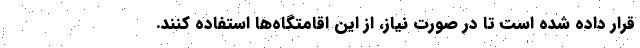
قرار داده شده است تا در صورت نیاز، از این اقامتگاه‌ها استفاده کنند.